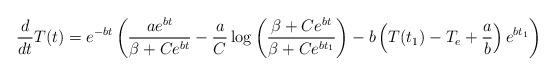
LaTeX: \begin{align*}\frac{d}{dt}T(t)=e^{-bt}\left( \frac{ae^{bt}}{\beta + Ce^{bt}} - \frac{a}{C}\log\left(\frac{\beta+Ce^{bt}}{\beta+Ce^{bt_1}} \right) - b \left(T(t_1)-T_e+\frac{a}{b}\right)e^{bt_1} \right)\end{align*}